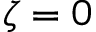
\zeta = 0